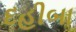
દહીબા